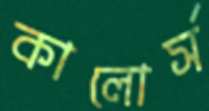
কালোর্স